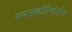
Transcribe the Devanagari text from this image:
सत्याब्राह्मीस्थितिरिव